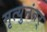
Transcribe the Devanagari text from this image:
मृत्युनंतर्